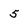
Character: 5